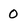
Character: 0